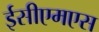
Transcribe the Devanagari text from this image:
ईसीएमएस